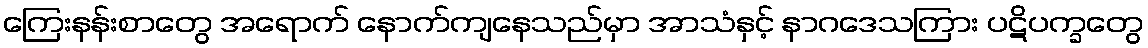
ကြေးနန်းစာတွေ အရောက် နောက်ကျနေသည်မှာ အာသံနှင့် နာဂဒေသကြား ပဋိပက္ခတွေ